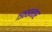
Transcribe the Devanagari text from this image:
१९८८नंतर